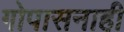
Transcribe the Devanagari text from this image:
गोपासनाही